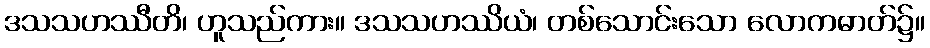
ဒသသဟဿီတိ၊ ဟူသည်ကား။ ဒသသဟဿိယံ၊ တစ်သောင်းသော လောကဓာတ်၌။